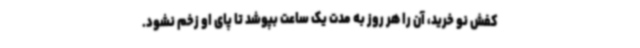
کفش نو خرید، آن را هر روز به مدت یک ساعت بپوشد تا پای او زخم نشود.